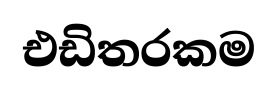
එඩිතරකම